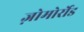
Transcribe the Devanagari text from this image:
ज़ोमोर्रोड